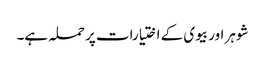
شوہر اور بیوی کے اختیارات پر حملہ ہے۔